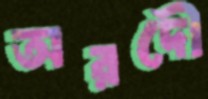
অরদৌ